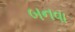
બનવા